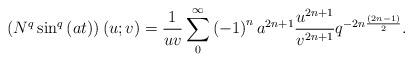
LaTeX: \begin{align*}\left( N^{q}\sin ^{q}\left( at\right) \right) \left( u;v\right) =\frac{1}{uv}\sum\limits_{0}^{\infty }\left( -1\right) ^{n}a^{2n+1}\frac{u^{2n+1}}{v^{2n+1}}q^{-2n\frac{\left( 2n-1\right) }{2}}. \end{align*}